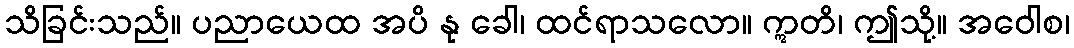
သိခြင်းသည်။ ပညာယေထ အပိ နု ခေါ၊ ထင်ရာသလော။ ဣတိ၊ ဤသို့။ အဝေါစ၊